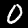
Digit: 0